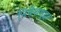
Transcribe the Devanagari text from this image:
निवेशमुद्रा